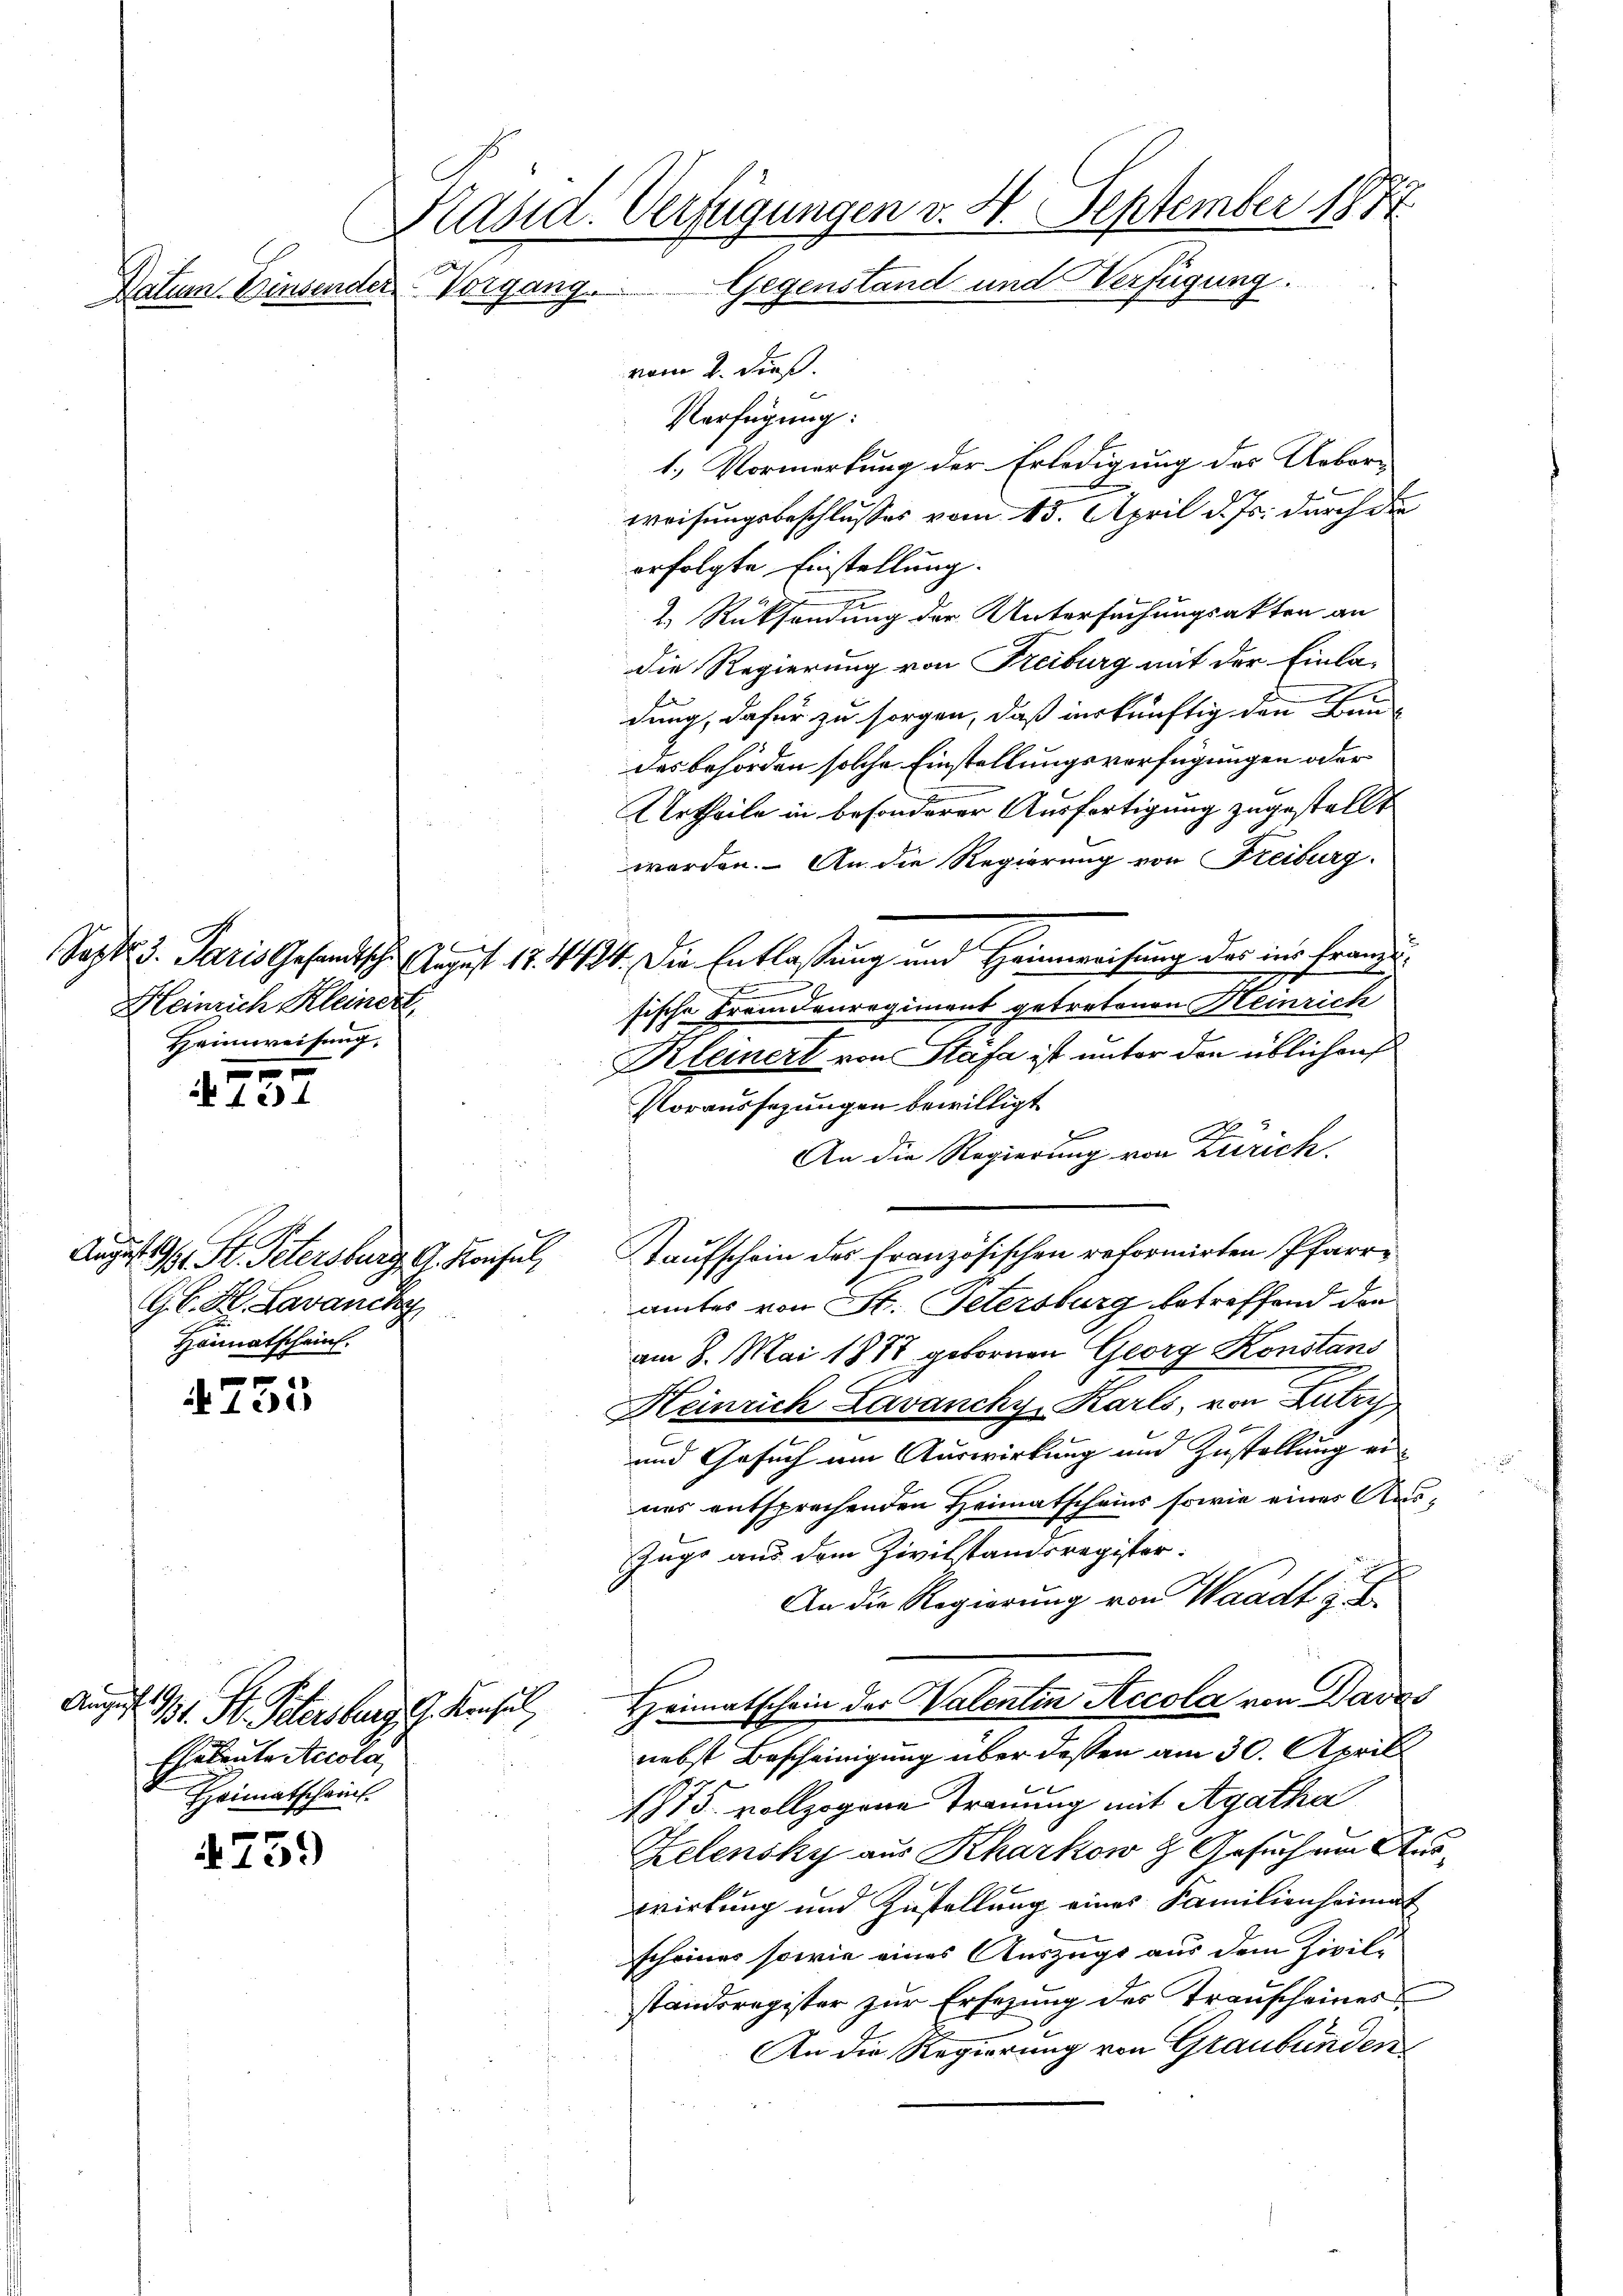
Datum. Einsender Vorgang.

Heinrich Kleinert,
Heimweisung,
 x

4e) 4

August 19
B. St. Petersburg, G. Konsul,
G.G. H. Lavanchy
t
Heimatschein.

753

1
Angu
Chalente Accola
Heimatschein

4739

vom 2. dieß.
Verfügung:
1. Vormerkung der Erledigung des Ueber-
A
weisungsbeschlusses vom 15. April d. Js. durch die
erfolgte Einstellung.
2.) Rücksendung der Untersuchungsakten an
die Regierung von Freiburg mit der Einla-
dung, dafür zu sorgen, daß inskünftig den Bundas behörden solche Einstellungsverfügungen oder
Urtheile in besonderer Ausfertigung zugestellt
worden. An die Regierung von Freiburg.
Sept. v. Paris Gesandtsche August 17. 414. Die Entlassung und Heimweisung des ins Franzu¬
2
sische Fremdenregiment getretenen Heinrich
Kleinert von Stäfa ist unter den üblichens
Voraussezungen bewilligt
8
An die Regierung von Zürich.
Kaufschein des französischen reformirten Pfarramtes von St. Petersburg betreffend den
am 8. Mai 1877 gebornen Georg Konstans
Heinrich Lavancky, Karls, von Lutry
und Gesuch um Auswirkung und Zustellung ernes entsprochenden Heimatscheins sowie eines Aus¬
Zugs aus dem Zivilstandsregister:
An die Regierung von Waadt s
Bt. St. Petersburg, G. Konsul Heimatschein der Valentin Accola von Davos
nebst Bescheinigung über dessen am 30. April
1775. vollzogene Trauung mit Agatha
Kelensky aus Kharkow d Gesuch um Auswirkung und Zustellung eines Familienheimat
scheines sowie eines Auszugs aus dem Zivil-
standsregister zur Ersezung des Transcheines
An die Regierung von Graubünden

Präsid. Verfügungen v. 4. September 1874
Gegenstand und Verfügung.